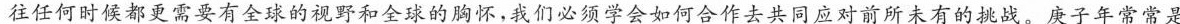
往任何时候都更需要有全球的视野和全球的胸怀，我们必须学会如何合作去共同应对前所未有的挑战。庚子年常常是